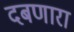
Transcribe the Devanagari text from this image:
दबणारा